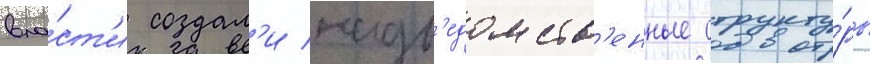
вла́ст'и создал'и надв'едомств'енные структу́ры